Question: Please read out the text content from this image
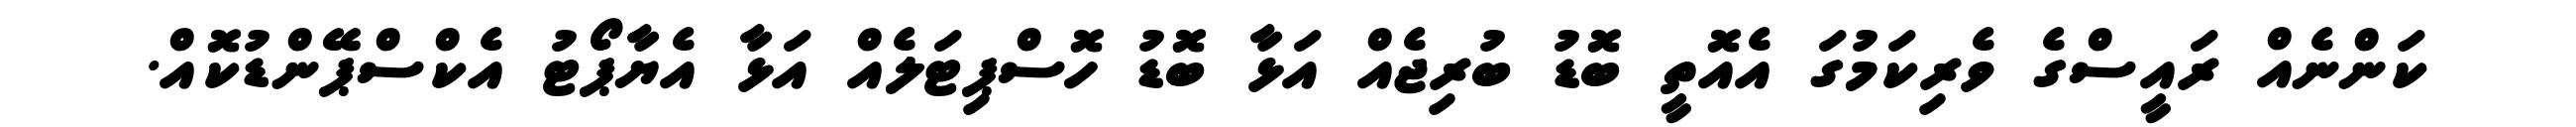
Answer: ކަންނެއް ރައީސްގެ ވެރިކަމުގަ އެއޮތީ ބޮޑު ބުރިޖެއް އަޅާ ބޮޑު ހޮސްޕިޓަލެއް އަޅާ އެޔާޕޯޓު އެކްސްޕޭންޑުކޮއް.